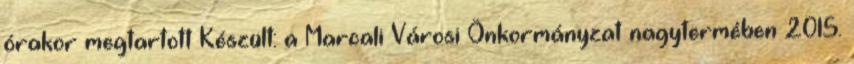
órakor megtartott Készült: a Marcali Városi Önkormányzat nagytermében 2015.